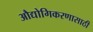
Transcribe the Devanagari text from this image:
औद्योगिकरणासाठी